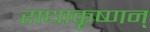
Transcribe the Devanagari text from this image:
राधाकृष्णन्‌